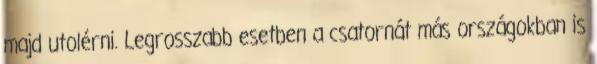
majd utolérni. Legrosszabb esetben a csatornát más országokban is